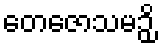
တေဇောသမဉှိ